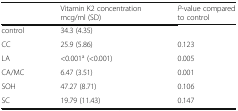
<table><thead><tr><td></td><td><b>Vitamin K2 concentration mcg/ml (SD)</b></td><td><b><i>P</i>-value compared to control</b></td></tr></thead><tbody><tr><td>control</td><td>34.3 (4.35)</td><td></td></tr><tr><td>CC</td><td>25.9 (5.86)</td><td>0.123</td></tr><tr><td>LA</td><td>&lt;0.001<sup>a</sup> (&lt;0.001)</td><td>0.005</td></tr><tr><td>CA/MC</td><td>6.47 (3.51)</td><td>0.001</td></tr><tr><td>SOH</td><td>47.27 (8.71)</td><td>0.106</td></tr><tr><td>SC</td><td>19.79 (11.43)</td><td>0.147</td></tr></tbody></table>